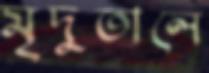
মৃদুতালে